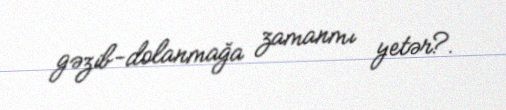
gəzib-dolanmağa zamanmı yetər?.